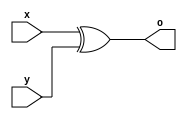
module xor_gate_4bit(x,y,o);

input [3:0] x,y;
output [3:0] o;

assign o = x ^ y;

endmodule